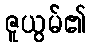
ဇူယွမ်၏